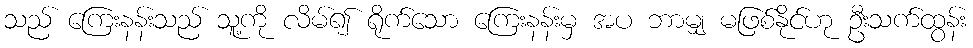
သည် ကြေးနန်းသည် သူ့ကို လိမ်၍ ရိုက်သော ကြေးနန်းမှ အပ ဘာမျှ မဖြစ်နိုင်ဟု ဦးသက်ထွန်း